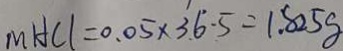
m H C l = 0 . 0 5 \times 3 6 . 5 = 1 . 8 2 5 g